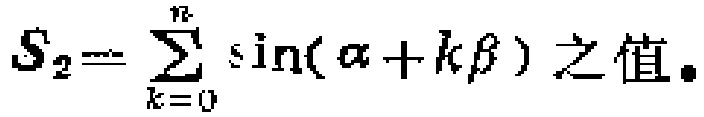
\(S_{2}=\sum_{k = 0}^{n}\sin(\alpha + k\beta)\) 之值。